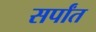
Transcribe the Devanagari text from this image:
सर्पांत